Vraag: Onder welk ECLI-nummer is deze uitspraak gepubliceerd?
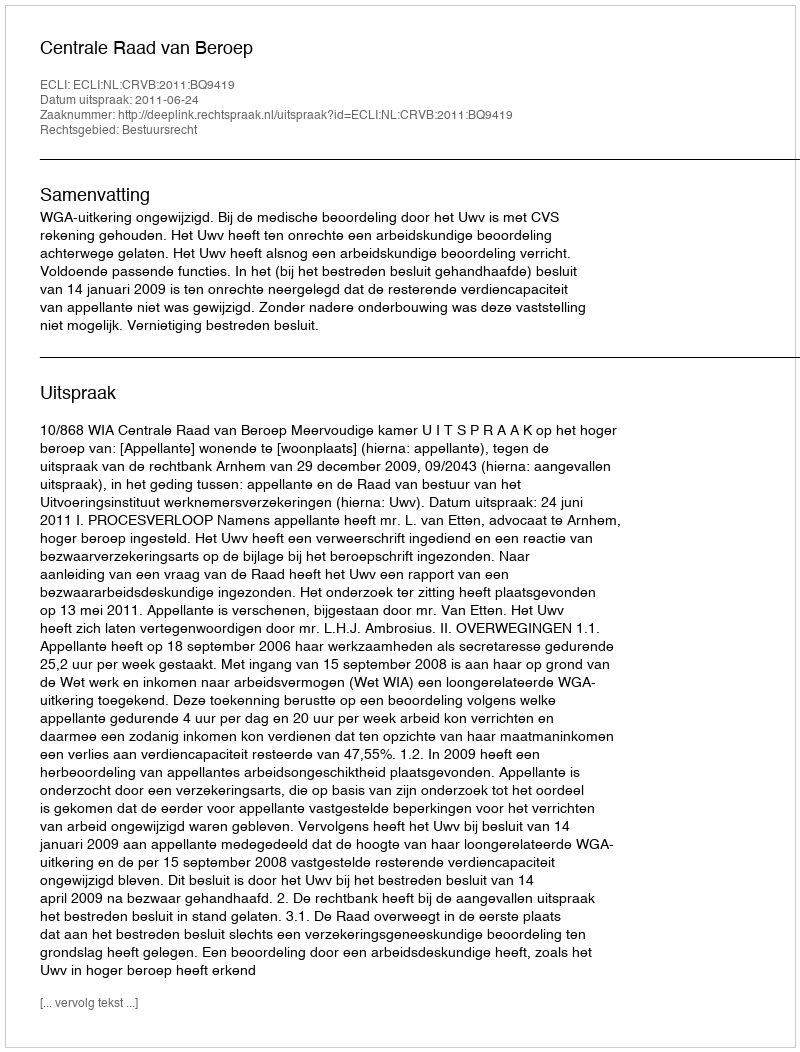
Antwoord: ECLI:NL:CRVB:2011:BQ9419